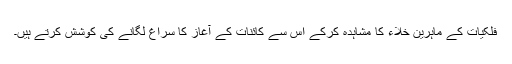
فلکیات کے ماہرین خلاء کا مشاہدہ کرکے اس سے کائنات کے آغاز کا سراغ لگانے کی کوشش کرتے ہیں۔